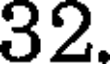
32.